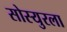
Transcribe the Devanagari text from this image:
सोस्युरला